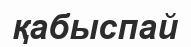
қабыспай